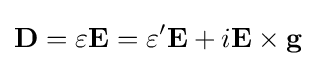
\mathbf {D} =\varepsilon \mathbf {E} =\varepsilon '\mathbf {E} +i\mathbf {E} \times \mathbf {g}